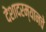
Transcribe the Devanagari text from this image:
देशादरम्यानचे